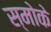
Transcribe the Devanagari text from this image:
स्मोके